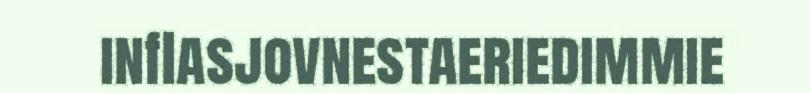
inflasjovnestaeriedimmie